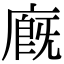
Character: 廐